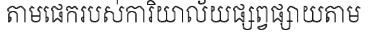
តាមផេករបស់ការិយាល័យផ្សព្វផ្សាយតាម